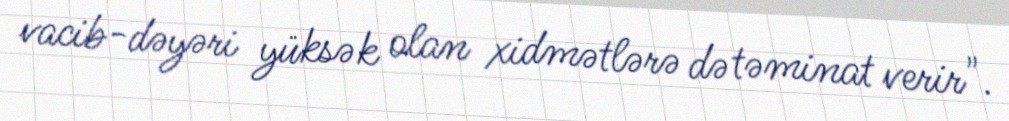
vacib-dəyəri yüksək olan xidmətlərə də təminat verir".